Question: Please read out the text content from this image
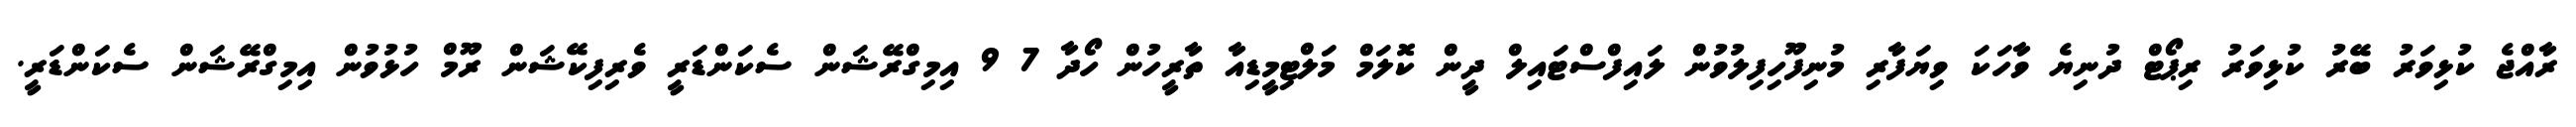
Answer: ރާއްޖެ ކުޅިވަރު ބޭރު ކުޅިވަރު ރިޕޯޓް ދުނިޔެ ވާހަކަ ވިޔަފާރި މުނިފޫހިފިލުވުން ލައިފްސްޓައިލް ދީން ކޮލަމް މަލްޓިމީޑިއާ ތާރީހުން ހޯދާ 7 9 އިމިގްރޭޝަން ސެކަންޑަރީ ވެރިފިކޭޝަން ރޫމް ހުޅުވުން އިމިގްރޭޝަން ސެކަންޑަރީ.